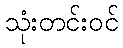
သုံးတင်းဝင်